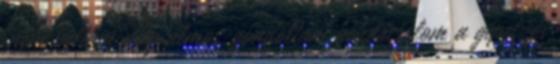
.nem voltam még álmos, gondoltam bekaocsolom a gépet, és